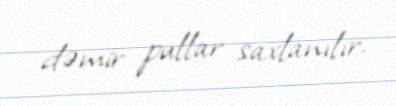
dəmir pullar saxlanılır.